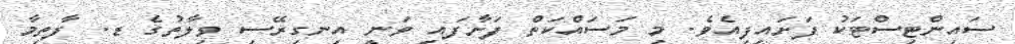
ސައިންޓިސްޓަކު ފަށައިފިއެވެ. މި މަސައްކަތް ފަށާފައި ވަނީ އިނގިރޭސި ވިލާތުގެ ޑ. ފާތިމާ